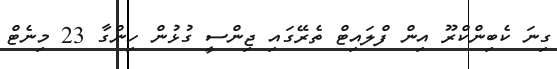
ގިނަ ކެބިންކްރޫ އިން ފްލައިޓް ތެރޭގައި ޖިންސީ ގުޅުން ހިންގާ 23 މިނެޓް